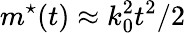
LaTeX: m^{\star}(t)\approx k_{0}^{2}t^{2}/2